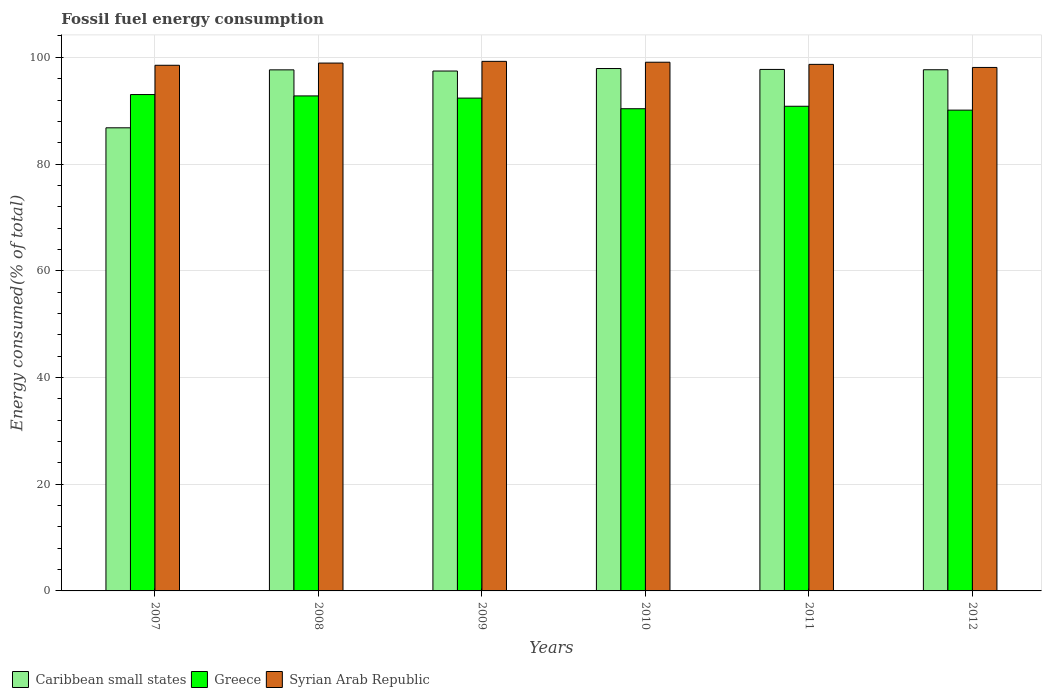
| Years | Caribbean small states | Greece | Syrian Arab Republic |
 | --- | --- | --- | --- |
 | 2007 | 86.8 | 93 | 98.5 |
 | 2008 | 97.6 | 92.8 | 98.9 |
 | 2009 | 97.4 | 92.4 | 99.2 |
 | 2010 | 97.9 | 90.4 | 99.1 |
 | 2011 | 97.7 | 90.8 | 98.7 |
 | 2012 | 97.7 | 90.1 | 98.1 |